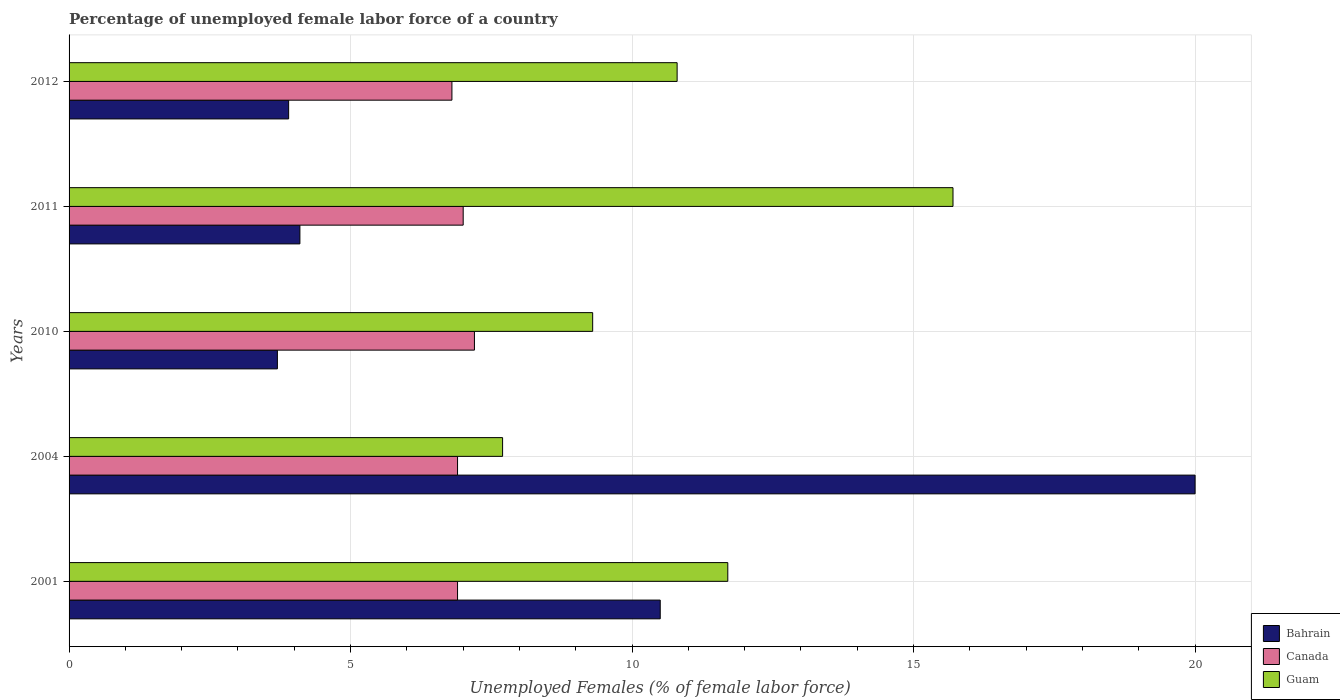
| Years | Bahrain | Canada | Guam |
 | --- | --- | --- | --- |
 | 2001 | 10.5 | 6.9 | 11.7 |
 | 2004 | 20 | 6.9 | 7.7 |
 | 2010 | 3.7 | 7.2 | 9.3 |
 | 2011 | 4.1 | 7 | 15.7 |
 | 2012 | 3.9 | 6.8 | 10.8 |